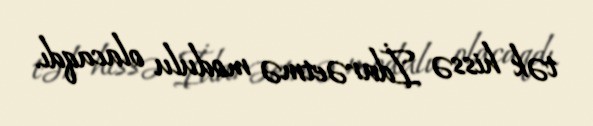
tək hissə İdarəetmə modulu olacaqdı.